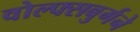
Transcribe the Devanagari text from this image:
वोल्फ्सबुर्गने